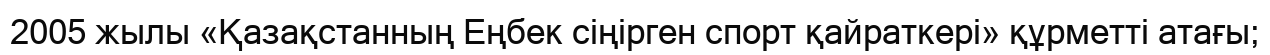
2005 жылы «Қазақстанның Еңбек сіңірген спорт қайраткері» құрметті атағы;